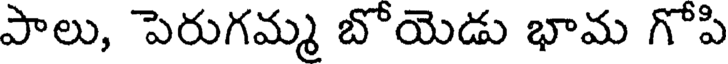
పాలు, పెరుగమ్మ బొయెడు భామ గొపి